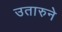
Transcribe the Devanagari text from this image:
उतारुने